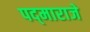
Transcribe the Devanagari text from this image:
पद्‌माराजे